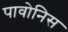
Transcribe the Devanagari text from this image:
पावोनिस